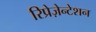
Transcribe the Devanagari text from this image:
रिप्रेज़ेन्टेशन